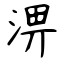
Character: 淠